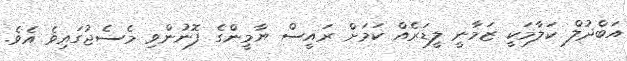
އަބްދުލް ކަލާމަކީ ޒަމާނީ ލީޑަރެއް ކަމަށް ރައީސް ޔާމީންގެ ފޮނުންވި މެސެޖުގައިވެ އެވެ.